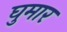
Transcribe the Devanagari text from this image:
घुमार